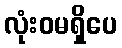
လုံးဝမရှိပေ